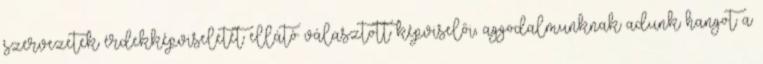
szervezetek érdekképviseletét ellátó választott képviselői, aggodalmunknak adunk hangot a